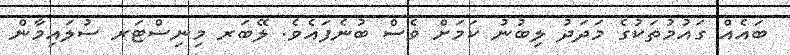
ބައެއް ގައުމުތަކުގެ މަދަދު ލިބުނު ކަމަށް ވެސް ބުނެފައެވެ. ލޭބަރ މިނިސްޓަރ ސުލައިމާން